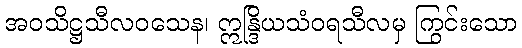
အဝသိဋ္ဌသီလဝသေန၊ ဣန္ဒြိယသံဝရသီလမှ ကြွင်းသော